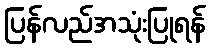
ပြန်လည်အသုံးပြုရန်